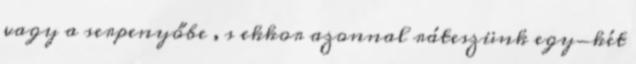
vagy a serpenyőbe , s ekkor azonnal ráteszünk egy-két